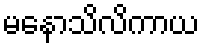
မနောသိလိကာယ